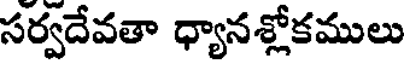
సర్వదేవతా ధ్యానశ్లోకములు